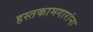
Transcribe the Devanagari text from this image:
हस्तकामगारांना